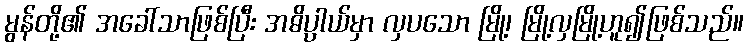
မွန်တို့၏ အခေါ်သာဖြစ်ပြီး အဓိပ္ပါယ်မှာ လှပသော မြို့၊ မြို့လှမြို့ဟူ၍ဖြစ်သည်။